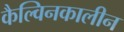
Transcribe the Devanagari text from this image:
कैल्विनकालीन